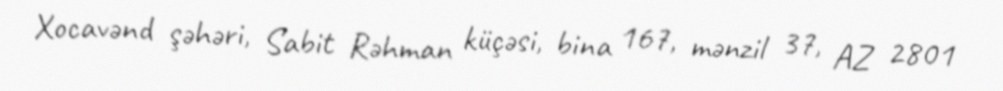
Xocavənd şəhəri, Sabit Rəhman küçəsi, bina 167, mənzil 37, AZ 2801